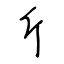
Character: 斤